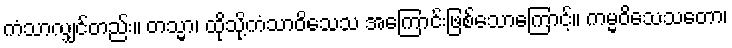
ကံသာလျှင်တည်း။ တသ္မာ၊ ထိုသို့ကံသာဝိသေသ အကြောင်းဖြစ်သောကြောင့်။ ကမ္မဝိသေသတော၊